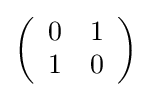
{\textstyle \left({\begin{array}{cc}0&1\\1&0\end{array}}\right)}